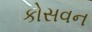
કોસવન